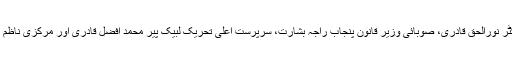
معاہدے پر وفاقی وزیر برائے مذہبی امور صاحبزادہ ڈاکٹر نورالحق قادری، صوبائی وزیر قانون پنجاب راجہ بشارت، سرپرست اعلیٰ تحریک لبیک پیر محمد افضل قادری اور مرکزی ناظم اعلیٰ تحریک لبیک محمد وحید نور نے دستخط کیے ہیں۔